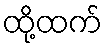
ထို့ထက်